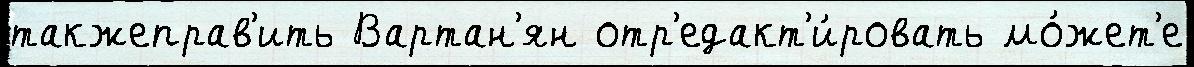
такжеправ'ить Вартан'ян отр'едакт'и́ровать мо́жет'е